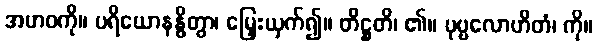
အမာဝကို။ ပရိယောနန္ဓိတွာ၊ မြှေးယှက်၍။ တိဋ္ဌတိ၊ ၏။ ပုဗ္ဗလောဟိတံ၊ ကို။